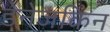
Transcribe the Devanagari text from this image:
डेनेजकिन